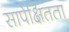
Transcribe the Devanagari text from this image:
सापेक्षितता